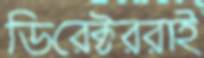
ডিরেক্টররাই